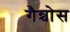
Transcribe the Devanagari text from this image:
गैन्चोस